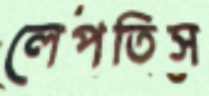
লেপতিস